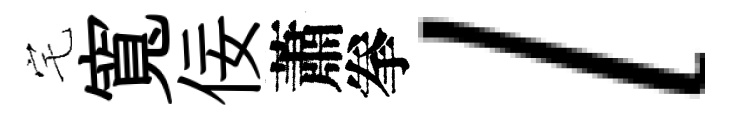
宅寬佞蕭拳l